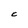
Character: C